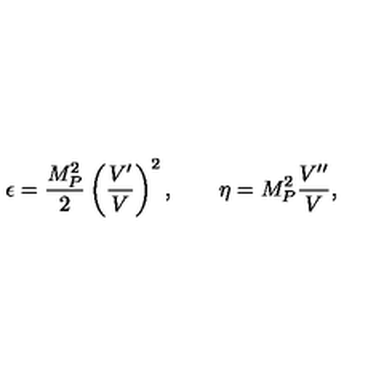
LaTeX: \epsilon = \frac { M _ { P } ^ { 2 } } { 2 } \left( \frac { V ^ { \prime } } { V } \right) ^ { 2 } , \qquad \eta = M _ { P } ^ { 2 } \frac { V ^ { \prime \prime } } { V } ,